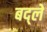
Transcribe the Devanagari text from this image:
बद्ले